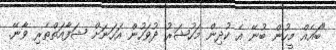
"ބައެއް މީހުން ބުނޭ އެ ކުދިން މަހުޝަރު ދުވަހުން އަހަނަށް ޝަފާއަތްތެރި ވާނޭ.